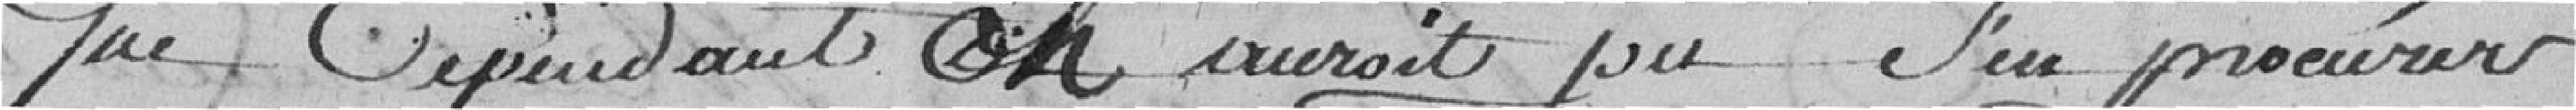
que cependant on surcroit de s'en procurer